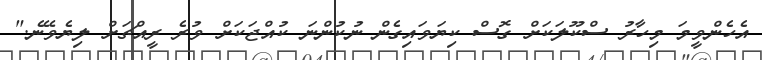
އެހެންވީމަ މިހާރު ސްކޫލަކަށް ގޮސް ކިޔަވައިގެން ނުކުންނަ ކުއްޖަކަށް ވުރެ ރީއްޗަށް ލިޔެވޭނެ."